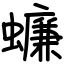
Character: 蠊